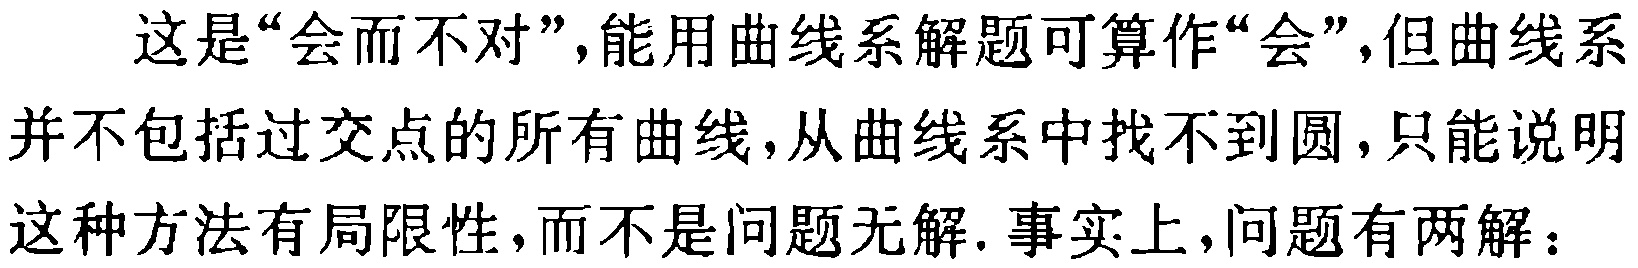
这是“会而不对”，能用曲线系解题可算作“会”，但曲线系并不包括过交点的所有曲线，从曲线系中找不到圆，只能说明这种方法有局限性，而不是问题无解. 事实上，问题有两解：